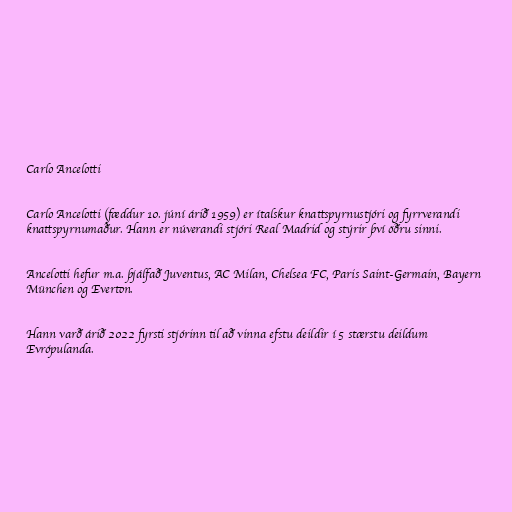
Carlo Ancelotti

Carlo Ancelotti (fæddur 10. júní árið 1959) er ítalskur knattspyrnustjóri og fyrrverandi
knattspyrnumaður. Hann er núverandi stjóri Real Madrid og stýrir því öðru sinni.

Ancelotti hefur m.a. þjálfað Juventus, AC Milan, Chelsea FC, Paris Saint-Germain, Bayern
München og Everton.

Hann varð árið 2022 fyrsti stjórinn til að vinna efstu deildir í 5 stærstu deildum
Evrópulanda.